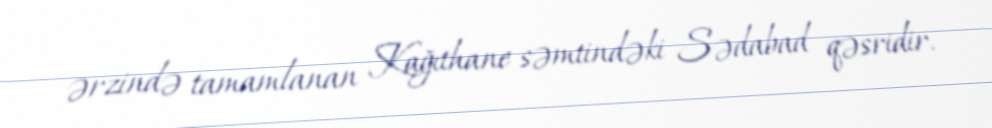
ərzində tamamlanan Kağıthane səmtindəki Sədabad qəsridir.